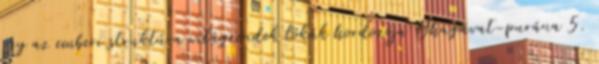
így az emberi struktúra világrendek lókák hordozója Bhagavat-purána 5.